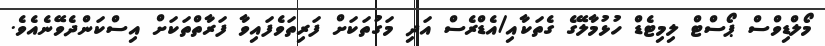
މޯލްޑިވްސް ޕޯސްޓް ލިމިޓެޑް ހުޅުމާލޭގެ ގެތަކާއި/އެޑްރެސް އަދި މަގުތަކަށް ފަރިތަވެފައިވާ ފަރާތްތަކަށް އިސްކަންދެވޭނެއެވެ.